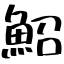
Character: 鮉